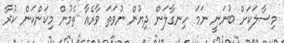
މިސާލަކަށް ބުނަނީ ނަމަ ހިނގާލަން ދިޔުން ނުވަތަ ވާރެއާ ތެމުން މިކަންކަން ކުުރާ